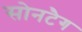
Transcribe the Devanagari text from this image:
सोनटैग